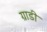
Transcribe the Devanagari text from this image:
ग्राडी